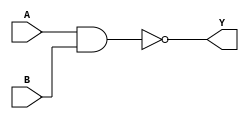
//Verilog HDL for "sram_logic", "NANDC2x1" "functional"


module NANDC2x1 ( Y, A, B );

  input A;
  output Y;
  input B;


  assign Y = !(A & B);

endmodule